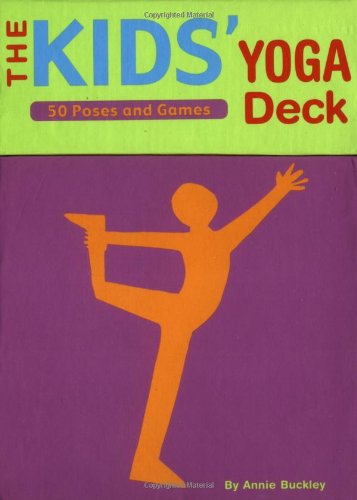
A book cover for The Kids' Yoga Deck: 50 Poses and Games; Annie Buckley; Health, Fitness & Dieting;